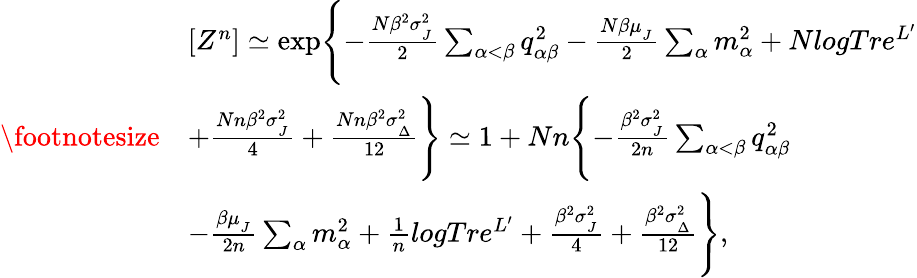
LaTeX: {\footnotesize\begin{array}{rl}&{[Z^{n}]\simeq\exp\Biggl\{ -\frac{N\beta^{2}\sigma_{_{J}}^{2}}{2}\sum_{\alpha<\beta}q_{\alpha\beta}^{2}-\frac{N\beta\mu_{_{J}}}{2}\sum_{\alpha}m_{\alpha}^{2}+NlogTre^{L^{\prime}}}\\ &{+\frac{Nn\beta^{2}\sigma_{_{J}}^{2}}{4}+\frac{Nn\beta^{2}\sigma_{_{\Delta}}^{2}}{12}\Biggr\} \simeq 1+Nn\Biggl\{ -\frac{\beta^{2}\sigma_{_{J}}^{2}}{2n}\sum_{\alpha<\beta}q_{\alpha\beta}^{2}}\\ &{-\frac{\beta\mu_{_{J}}}{2n}\sum_{\alpha}m_{\alpha}^{2}+\frac{1}{n}logTre^{L^{\prime}}+\frac{\beta^{2}\sigma_{_{J}}^{2}}{4}+\frac{\beta^{2}\sigma_{_{\Delta}}^{2}}{12}\Biggr\} ,}\end{array}}